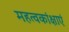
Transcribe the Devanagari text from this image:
महत्वकांक्षाएं